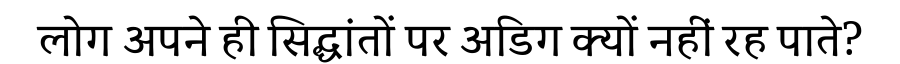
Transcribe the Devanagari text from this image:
लोग अपने ही सिद्धांतों पर अडिग क्यों नहीं रह पाते?